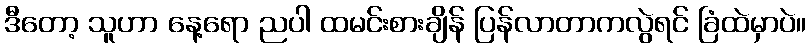
ဒီတော့ သူဟာ နေ့ရော ညပါ ထမင်းစားချိန် ပြန်လာတာကလွဲရင် ခြံထဲမှာပဲ။